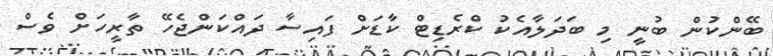
ބޭންކުން ބުނީ މި ބަދަލާއެކު ކްރެޑިޓް ކާޑަށް ފައިސާ ދައްކަންޖެހޭ ތާރީހަށް ވެސް